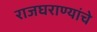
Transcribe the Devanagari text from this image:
राजघराण्यांचे